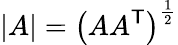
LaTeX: |A|=\left(AA^{\textsf{T}}\right)^{\frac{1}{2}}